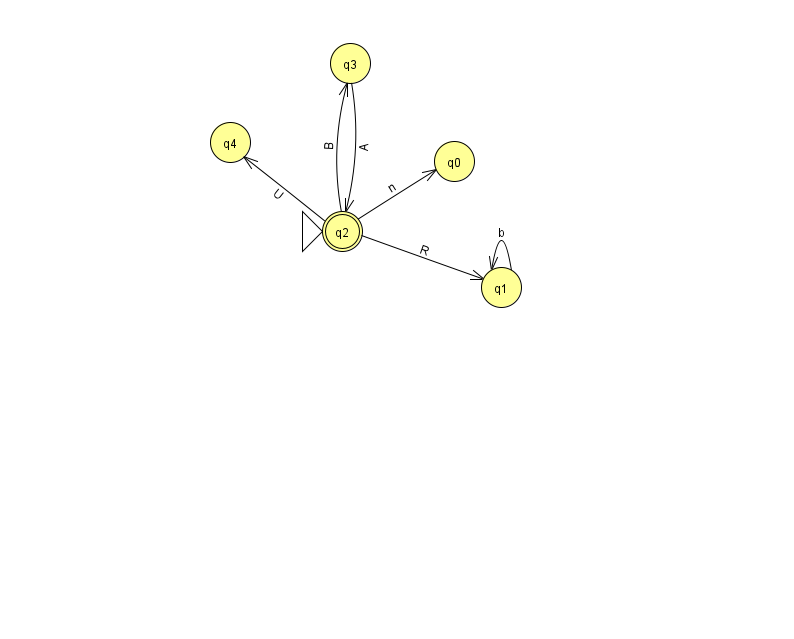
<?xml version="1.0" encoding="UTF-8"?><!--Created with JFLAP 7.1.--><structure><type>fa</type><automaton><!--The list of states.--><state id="0" name="q0"><x>454.0</x><y>148.0</y></state><state id="1" name="q1"><x>501.0</x><y>274.0</y></state><state id="2" name="q2"><x>342.0</x><y>218.0</y><initial/><final/></state><state id="3" name="q3"><x>350.0</x><y>50.0</y></state><state id="4" name="q4"><x>230.0</x><y>129.0</y></state><!--The list of transitions.--><transition><from>2</from><to>0</to><read>n</read></transition><transition><from>1</from><to>1</to><read>b</read></transition><transition><from>2</from><to>1</to><read>R</read></transition><transition><from>3</from><to>2</to><read>A</read></transition><transition><from>2</from><to>3</to><read>B</read></transition><transition><from>2</from><to>4</to><read>U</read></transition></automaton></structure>